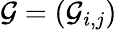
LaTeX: \mathcal{G}=(\mathcal{G}_{i,j})